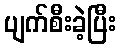
ပျက်စီးခဲ့ပြီး